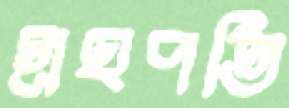
গ্রহপতি